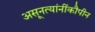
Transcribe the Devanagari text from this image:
असूनत्यांनींकौपीन